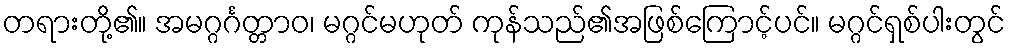
တရားတို့၏။ အမဂ္ဂင်္ဂတ္တာဝ၊ မဂ္ဂင်မဟုတ် ကုန်သည်၏အဖြစ်ကြောင့်ပင်။ မဂ္ဂင်ရှစ်ပါးတွင်